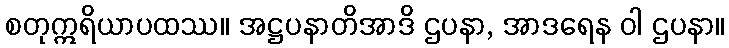
စတုဣရိယာပထဿ။ အဋ္ဌပနာတိအာဒိ ဌပနာ, အာဒရေန ဝါ ဌပနာ။